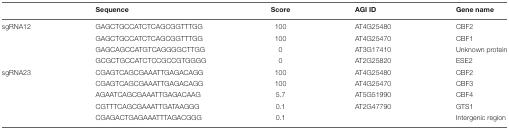
<table><thead><tr><td></td><td><b>Sequence</b></td><td><b>Score</b></td><td><b>AGI ID</b></td><td><b>Gene name</b></td></tr></thead><tbody><tr><td>sgRNA12</td><td>GAGCTGCCATCTCAGCGGTTTGG</td><td>100</td><td>AT4G25480</td><td>CBF2</td></tr><tr><td></td><td>GAGCTGCCATCTCAGCGGTTTGG</td><td>100</td><td>AT4G25470</td><td>CBF1</td></tr><tr><td></td><td>GAGCAGCCATGTCAGGGGCTTGG</td><td>0</td><td>AT3G17410</td><td>Unknown protein</td></tr><tr><td></td><td>GCGCTGCCATCTCCGCCGTGGGG</td><td>0</td><td>AT2G25820</td><td>ESE2</td></tr><tr><td>sgRNA23</td><td>CGAGTCAGCGAAATTGAGACAGG</td><td>100</td><td>AT4G25480</td><td>CBF2</td></tr><tr><td></td><td>CGAGTCAGCGAAATTGAGACAGG</td><td>100</td><td>AT4G25470</td><td>CBF3</td></tr><tr><td></td><td>AGAATCAGCGAAATTGAGACAAG</td><td>5.7</td><td>AT5G51990</td><td>CBF4</td></tr><tr><td></td><td>CGTTTCAGCGAAATTGATAAGGG</td><td>0.1</td><td>AT2G47790</td><td>GTS1</td></tr><tr><td></td><td>CGAGACTGAGAAATTTAGACGGG</td><td>0.1</td><td></td><td>Intergenic region</td></tr></tbody></table>